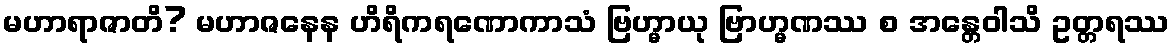
မဟာရာဇာတိ? မဟာဇနေန ဟိရိကရဏောကာသံ ဗြဟ္မာယု ဗြာဟ္မဏဿ စ အန္တေဝါသိ ဥတ္တရဿ